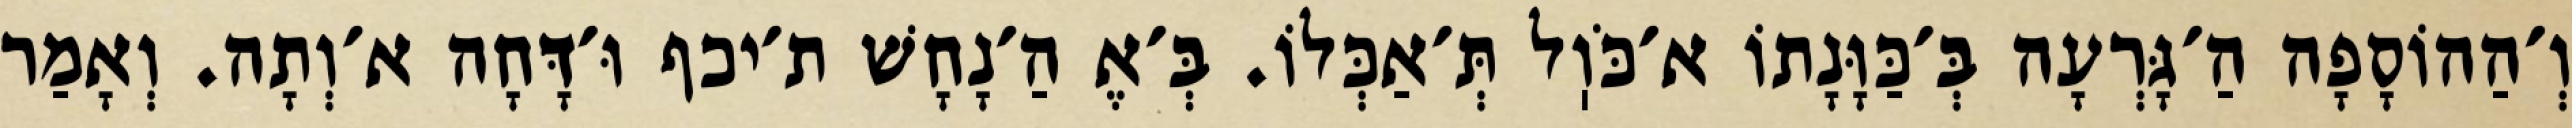
וְ׳הַהוֹסָפָה הַ׳גָּרְעָה בְּ׳כַּוָּנָתוֹ א׳כֹּוֽל תְּ׳אַכְּלוֹ. בְּ׳אֶ הַ׳נָחָשׁ ת׳יכף וּ׳דָּחָה א׳וְתָה. וְאָמַר